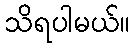
သိရပါမယ်။